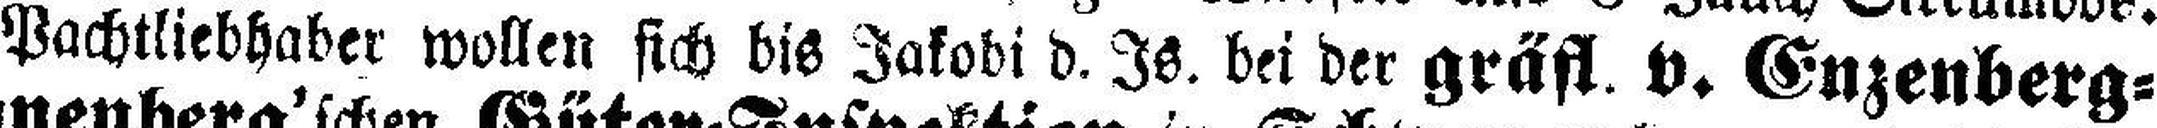
Pachtliebhaber wollen sich bis Jakobi d. Is. bei der gräfl. v. Enzenberg=